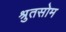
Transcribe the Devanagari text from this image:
श्रुतसोम